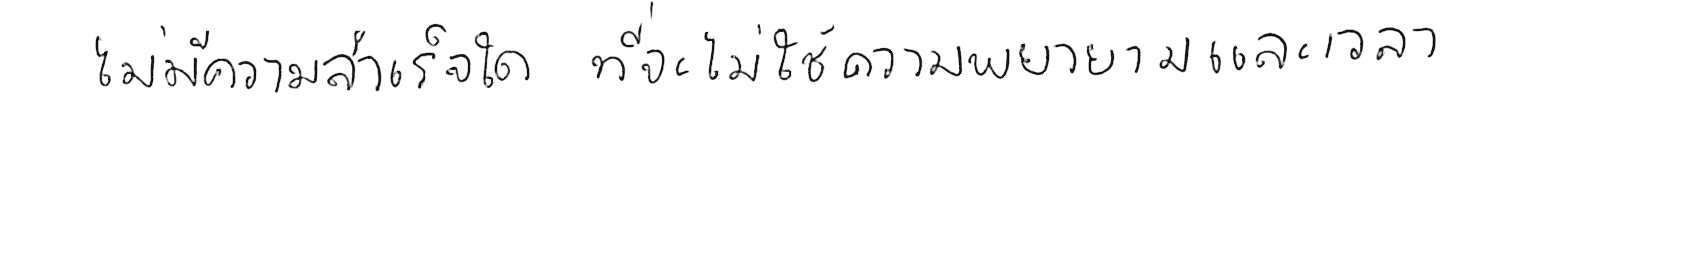
ไม่มีความสำเร็จใด ที่จะไม่ใช้ความพยายามและเวลา